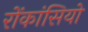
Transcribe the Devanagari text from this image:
रोंकांसियो